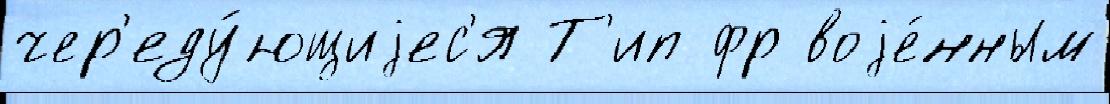
чер'еду́ющиjес'я Т'ип фр воjе́нным